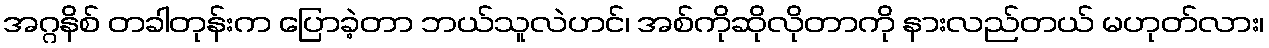
အဂ္ဂနိစ် တခါတုန်းက ပြောခဲ့တာ ဘယ်သူလဲဟင်၊ အစ်ကိုဆိုလိုတာကို နားလည်တယ် မဟုတ်လား၊